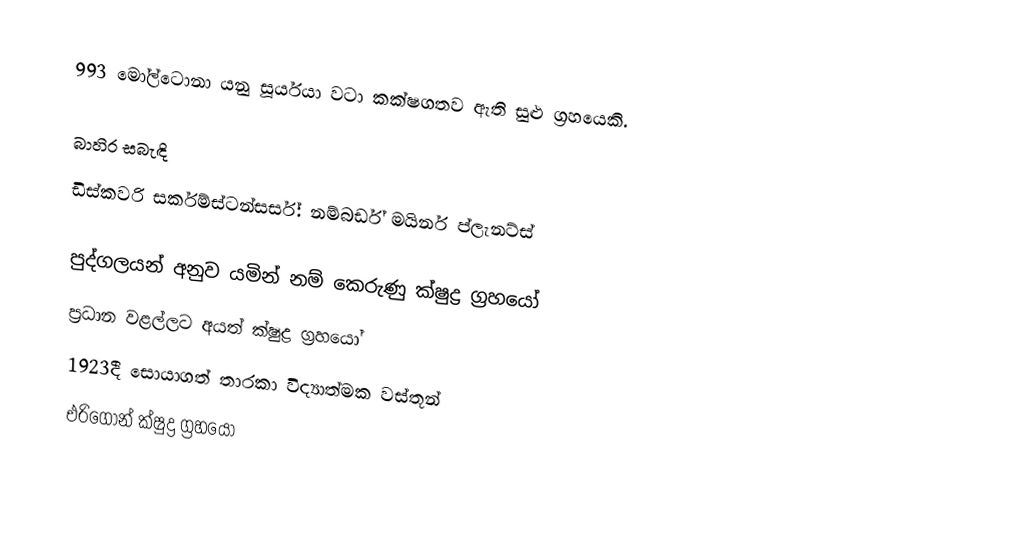
993 මෝල්ටොනා යනු  සූර්යයා වටා කක්ෂගතව ඇති සුළු ග්‍රහයෙකි.

බාහිර සබැඳි
 ඩිස්කවරි සර්කම්ස්ටන්සර්ස්: නම්බර්ඩ් මයිනර් ප්ලැනට්ස්

පුද්ගලයන් අනුව යමින් නම් කෙරුණු ක්ෂුද්‍ර ග්‍රහයෝ
ප්‍රධාන වළල්ලට අයත් ක්ෂුද්‍ර ග්‍රහයෝ
1923දී සොයාගත් තාරකා විද්‍යාත්මක වස්තූන්
එරිගෝන් ක්ෂුද්‍ර ග්‍රහයෝ